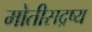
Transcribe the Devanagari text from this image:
मोतीसद्रष्य